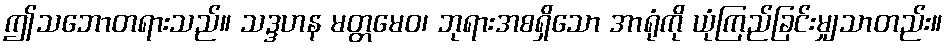
ဤသဘောတရားသည်။ သဒ္ဒဟန မတ္တမေဝ၊ ဘုရားအစရှိသော အာရုံကို ယုံကြည်ခြင်းမျှသာတည်း။